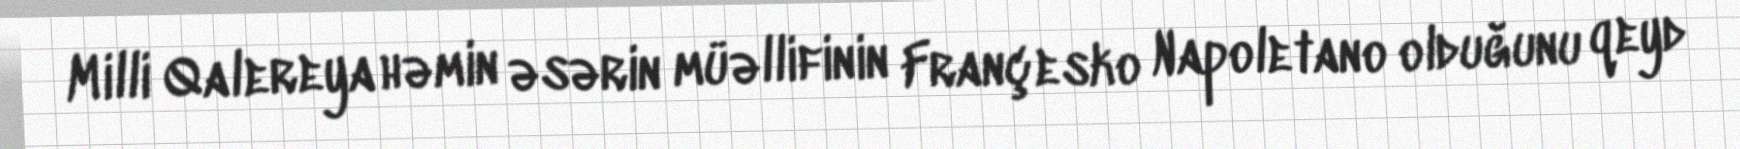
Milli Qalereya həmin əsərin müəllifinin Françesko Napoletano olduğunu qeyd